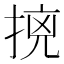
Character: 𭡛